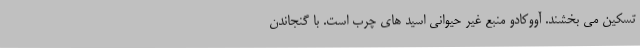
تسکین می بخشند. آووکادو منبع غیر حیوانی اسید های چرب است. با گنجاندن